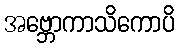
အဗ္ဘောကာသိကောပိ